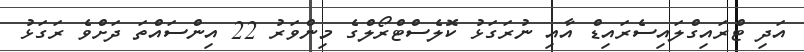
އަދި ޓްރައިގްލައިސެރައިޑް އާއި ނުރަގަޅު ކޮލެސްޓްރޯލްގެ މިންވަރު 22 އިންސައްތަ ދަށްވެ ރަގަޅު